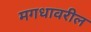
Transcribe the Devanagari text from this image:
मगधावरील